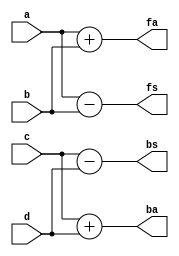
module foobaraddsub(a, b, c, d, fa, fs, ba, bs);
  input [7:0] a, b, c, d;
  output [7:0] fa, fs, ba, bs;
  assign fa = a + (* foo *) b;
  assign fs = a - (* foo *) b;
  assign ba = c + (* bar *) d;
  assign bs = c - (* bar *) d;
endmodule